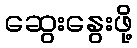
ဆွေးနွေးဖို့